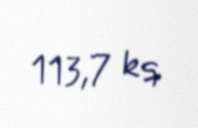
113,7 kq